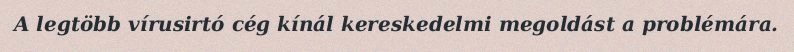
A legtöbb vírusirtó cég kínál kereskedelmi megoldást a problémára.